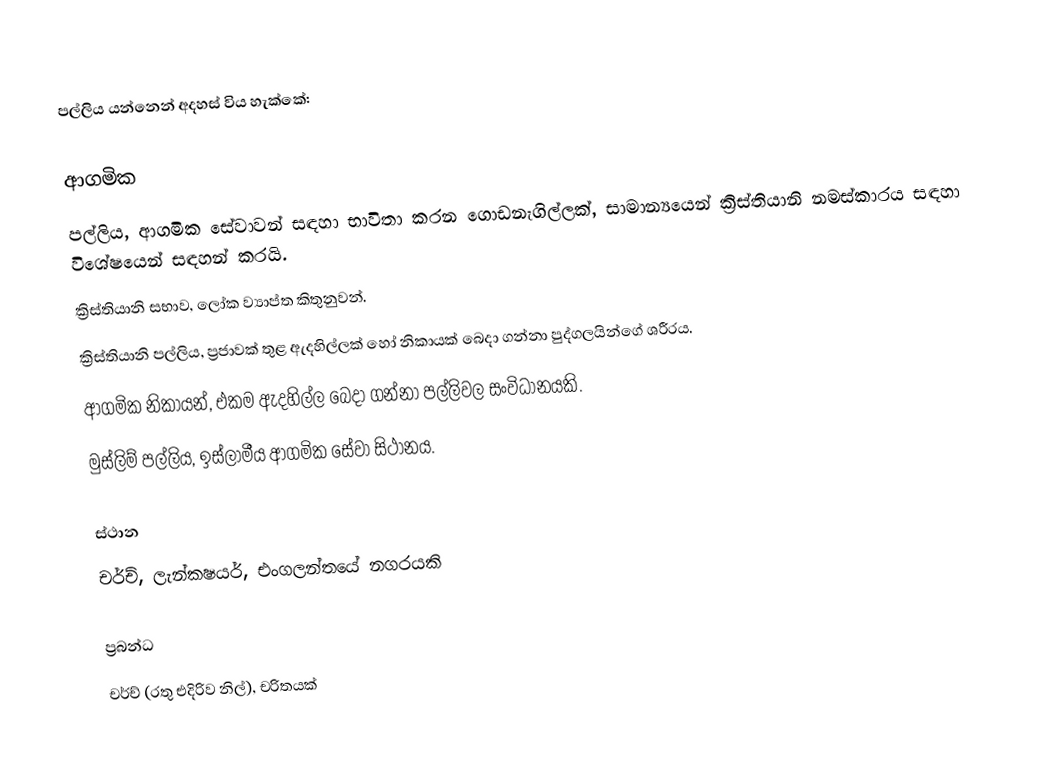
පල්ලිය යන්නෙන් අදහස් විය හැක්කේ:

ආගමික
පල්ලිය, ආගමික සේවාවන් සඳහා භාවිතා කරන ගොඩනැගිල්ලක්, සාමාන්‍යයෙන් ක්‍රිස්තියානි නමස්කාරය සඳහා විශේෂයෙන් සඳහන් කරයි.
ක්‍රිස්තියානි සභාව, ලෝක ව්‍යාප්ත කිතුනුවන්.
ක්‍රිස්තියානි පල්ලිය, ප්‍රජාවක් තුළ ඇදහිල්ලක් හෝ නිකායක් බෙදා ගන්නා පුද්ගලයින්ගේ ශරීරය.
ආගමික නිකායන්, එකම ඇදහිල්ල බෙදා ගන්නා පල්ලිවල සංවිධානයකි.
මුස්ලිම් පල්ලිය, ඉස්ලාමීය ආගමික සේවා සිථානය.

ස්ථාන
 චර්ච්, ලැන්කෂයර්, එංගලන්තයේ නගරයකි

ප්‍රබන්ධ
චර්ච් (රතු එදිරිව නිල්), චරිතයක්